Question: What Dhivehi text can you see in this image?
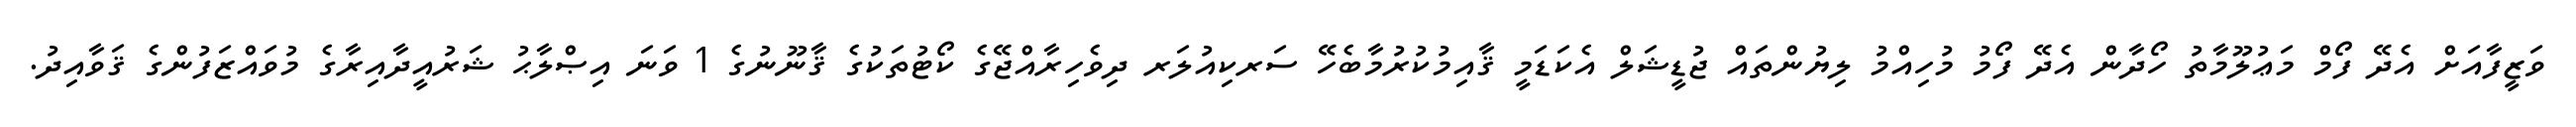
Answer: ވަޒީފާއަށް އެދޭ ފޯމް މަޢުލޫމާތު ހޯދާން އެދޭ ފޯމު މުހިއްމު ލިޔުންތައް ޖުޑީޝަލް އެކަޑަމީ ޤާއިމުކުރުމާބެހޭ ސަރކިއުލަރ ދިވެހިރާއްޖޭގެ ކޯޓުތަކުގެ ޤާނޫނުގެ 1 ވަނަ އިޞްލާޙު ޝަރުއީދާއިރާގެ މުވައްޒަފުންގެ ޤަވާއިދު.